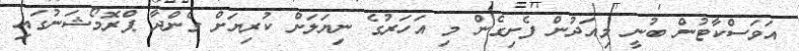
އަވަސްކާޓުން ބުނީ މިއަދުން ފެށިގެން މި އަހަރުގެ ނިޔަލަށް ކުރިޔަށް ގެންދާ ޕްރޮމޯޝަނުގައި